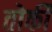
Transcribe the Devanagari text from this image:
तोर्की